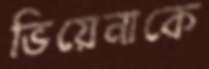
ভিয়েনাকে